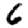
Digit: 6